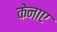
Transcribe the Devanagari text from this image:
केनाए